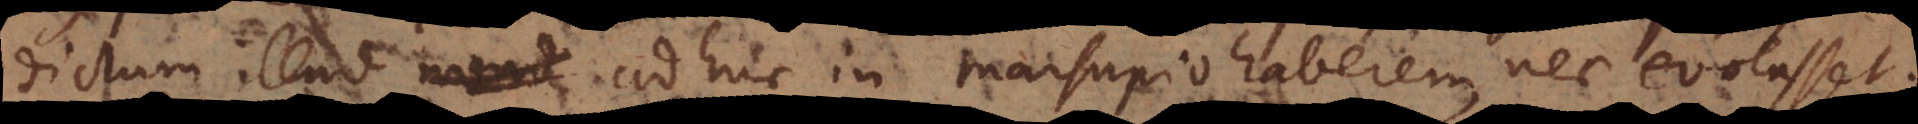
dictum illud adhuc in marsupio haberem, nec evolasset.